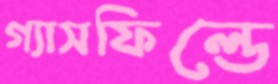
গ্যাসফিল্ডে